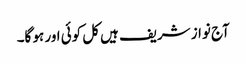
آج نواز شریف ہیں کل کوئی اور ہو گا۔